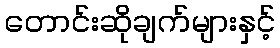
တောင်းဆိုချက်များနှင့်